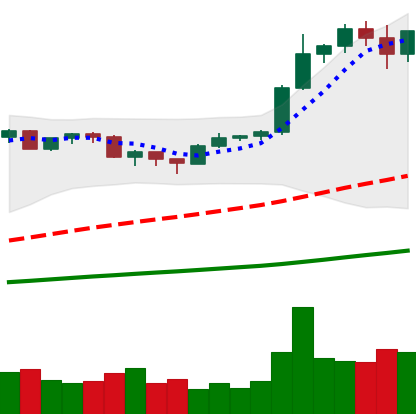
Ticker: BTC-USD
Chart end date: 2020-12-22
Forward return: 10.467%
Label: up_7plus